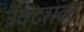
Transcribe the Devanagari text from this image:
ट्रॅक्टरावर